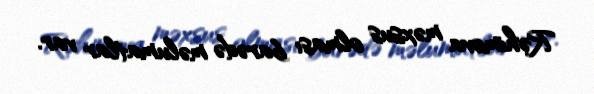
Rəhimova məxsus olması barədə məlumatlar var.